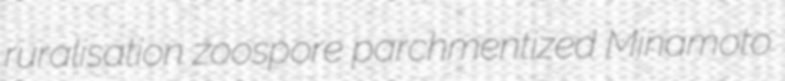
ruralisation zoospore parchmentized Minamoto